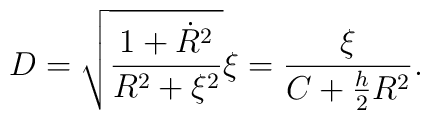
D = \sqrt{\frac{1 + \dot{R}^2}{R^2 + \xi^2}} \xi = \frac{\xi}{C + \frac{h}{2} R^2}.